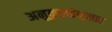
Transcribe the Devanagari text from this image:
अनुकुलतेनुसार